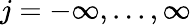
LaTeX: j=-\infty,...,\infty